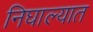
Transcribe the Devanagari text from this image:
निघाल्यात